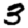
Digit: 3